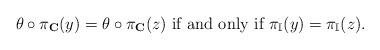
LaTeX: \begin{align*}\theta \circ \pi_{\mathbf{C}}(y) = \theta \circ \pi_{\mathbf{C}}(z) \mbox{ if and only if } \pi_{\mathbb{I}}(y) = \pi_{\mathbb{I}}(z).\end{align*}